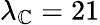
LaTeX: \lambda_{\mathbb{C}}=21